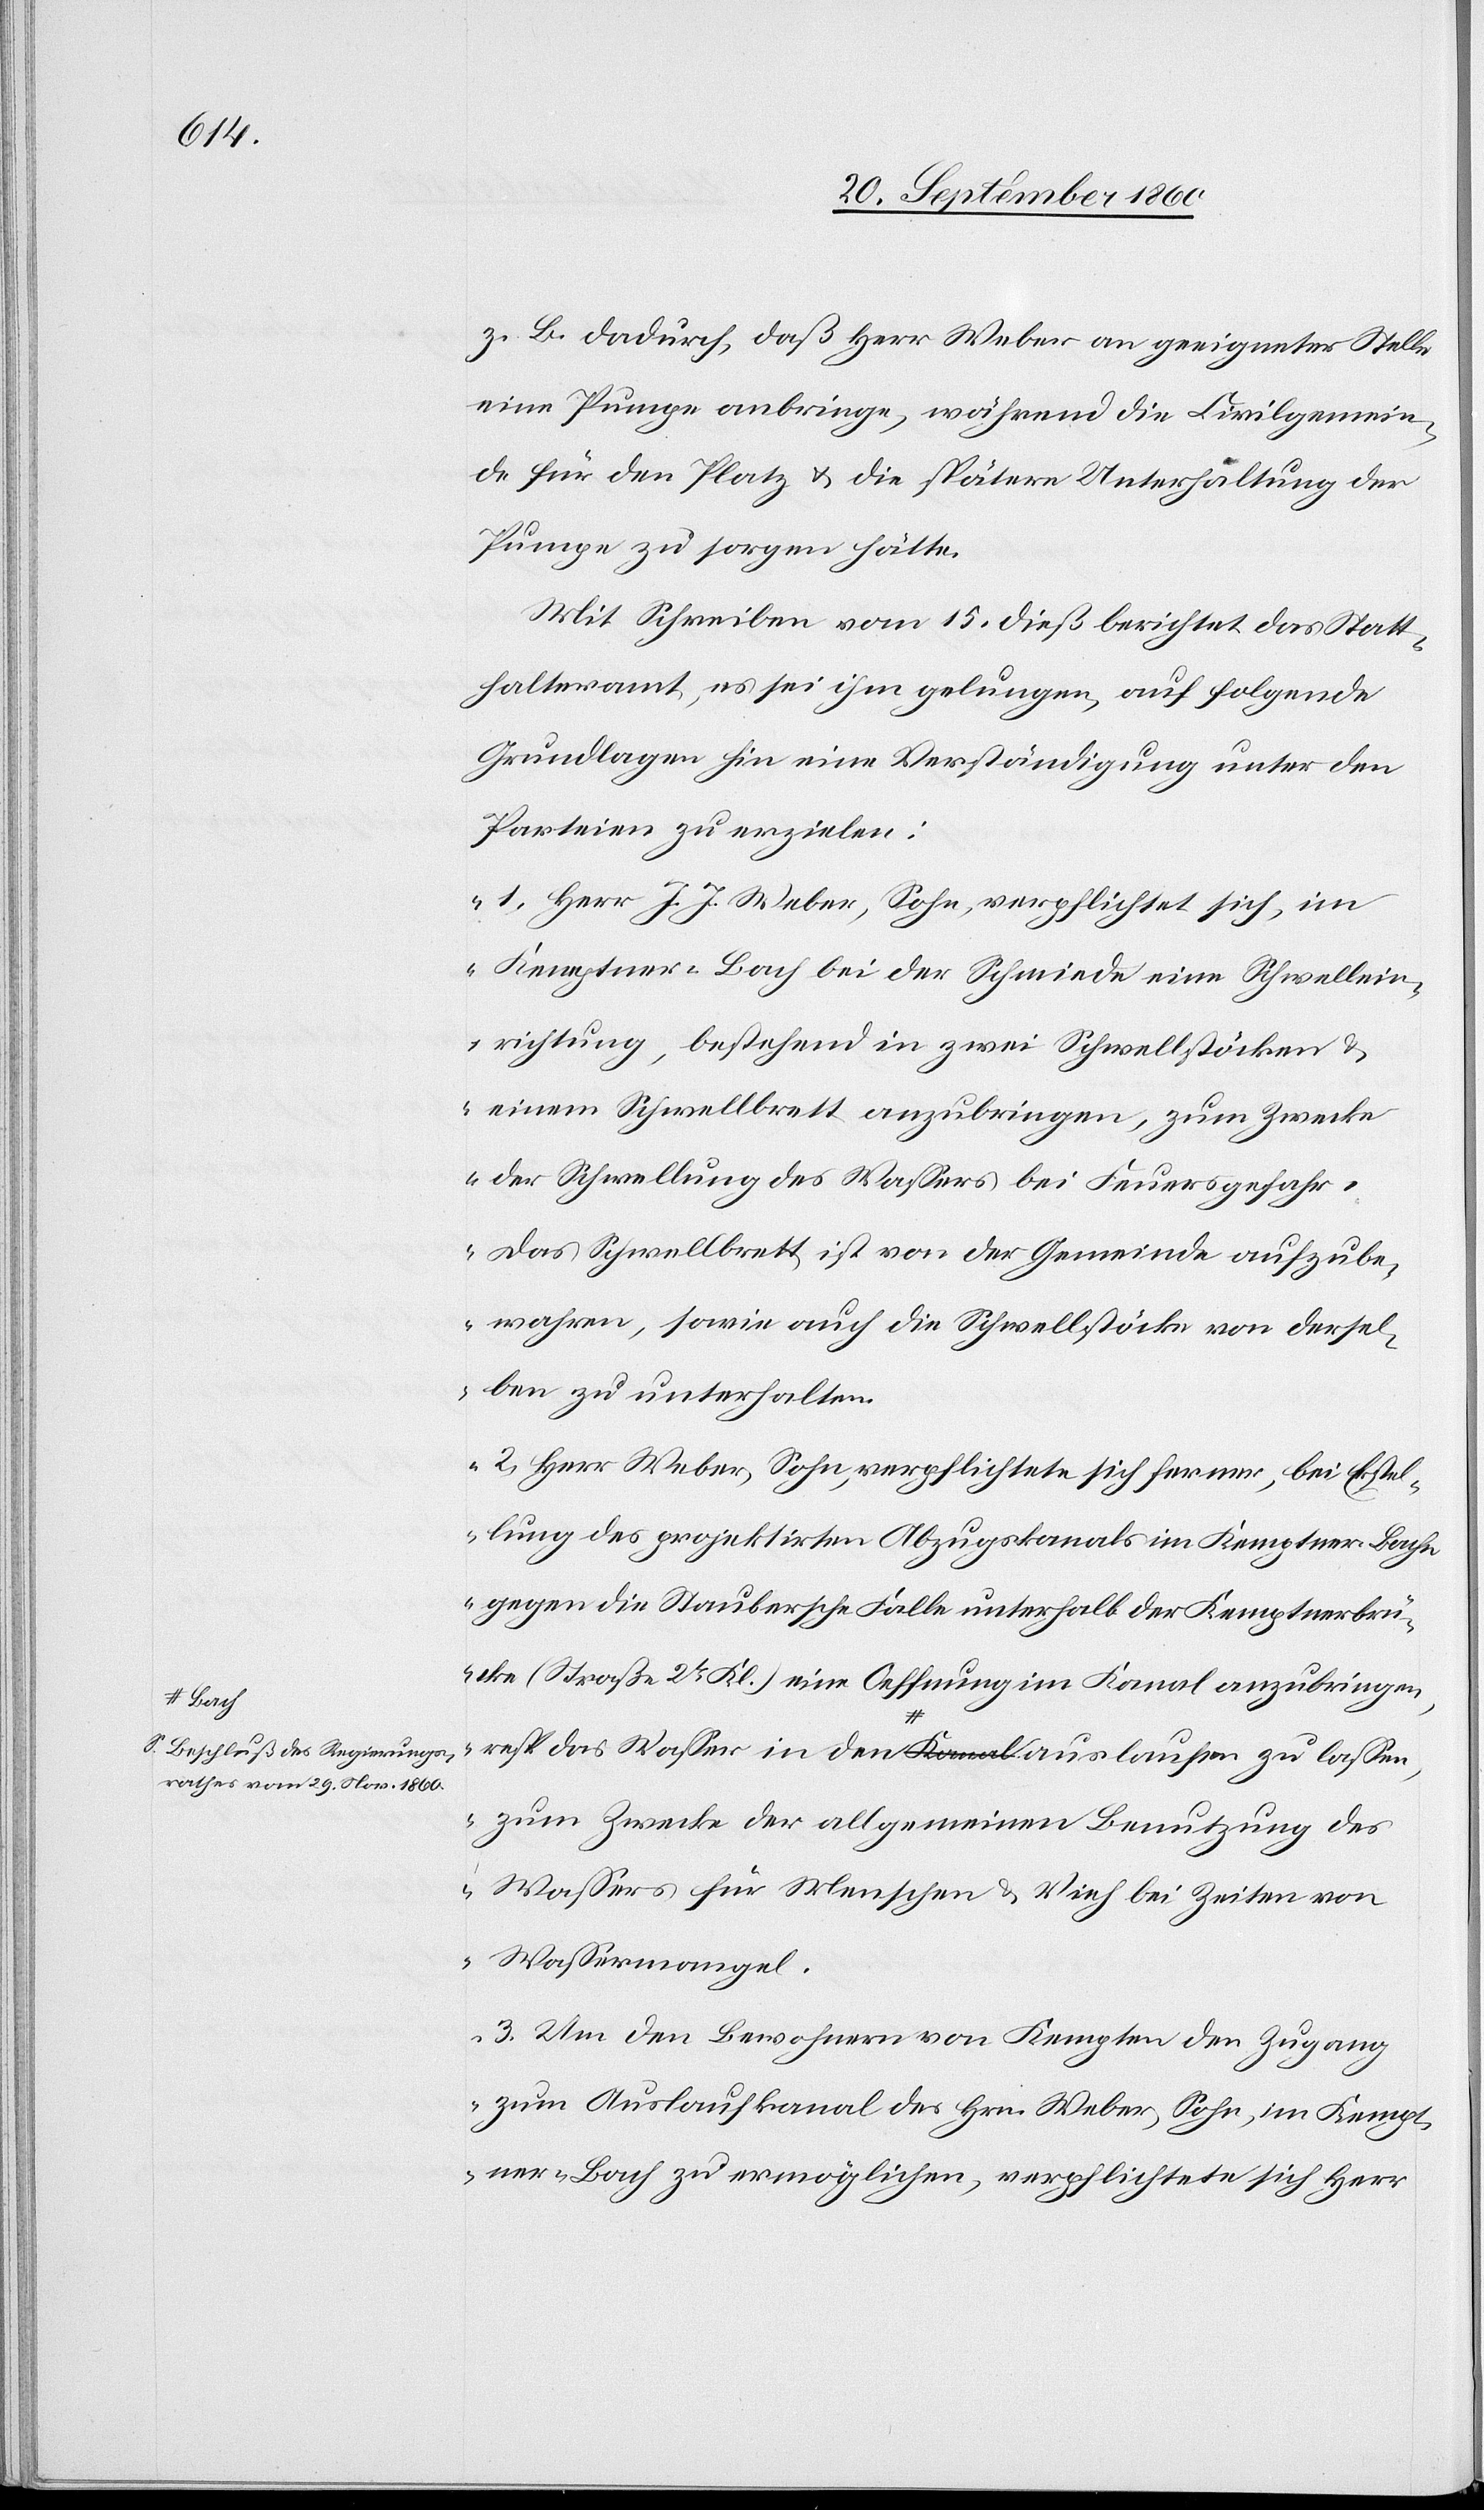
a-Beschluß des Regierungs¬
rathes vom 29. Nov. 1860-a:

z. B. dadurch, daß Herr Weber an geeigneter Stelle
eine Pumpe anbringen, während die Civilgemein¬
de für den Platz u. die spätere Unterhaltung der
Pumpe zu sorgen hätte.
Mit Schreiben vom 15. dieß berichtet das Statt¬
halteramt, es sei ihm gelungen, auf folgende
Grundlagen hin eine Verständigung unter den
Parteien zu erzielen
„1. Herr J. J. Weber, Sohn, verpflichtet sich, im
Kemptner-Bach bei der Schmiede eine Schwellein¬
richtung, bestehend in zwei Schwellstöcken u.
einem Schwellbrett anzubringen, zum Zwecke
der Schwellung des Wassers bei Feuersgefahr.
Das Schwellbrett ist von der Gemeinde aufzube¬
wahren, sowie auch die Schwellstöcke von dersel¬
ben zu unterhalten.
2. Herr Weber, Sohn, verpflichtet sich ferner, bei Erstel¬
lung des projektirten Abzugskanals im Kemptner-Bache
gegen die Staubersche Falle unterhalb der Kemptnerbrü¬
cke (Straße 2tr Kl.) eine Oeffnung im Kanal anzubringen,
resp. das Wasser in den a-Bach-a auslaufen zu lassen,
zum Zwecke der allgemeinen Benutzung des
Wassers für Menschen u. Vieh bei Zeiten von
Wassermangel.
3. Um den Bewohnern von Kempten den Zugang
zum Auslaufkanal des Hrn. Weber, Sohn, im Kempte¬
ner-Bach zu ermöglichen, verpflichtete sich Herr